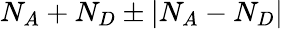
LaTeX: N_{A}+N_{D}\pm|N_{A}-N_{D}|